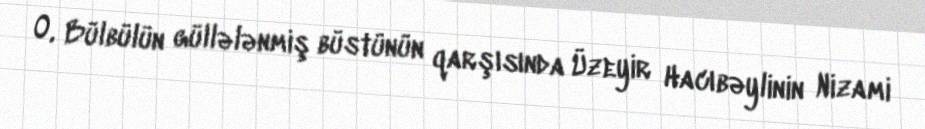
O, Bülbülün güllələnmiş büstünün qarşısında Üzeyir Hacıbəylinin Nizami